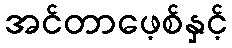
အင်တာဖေ့စ်နှင့်